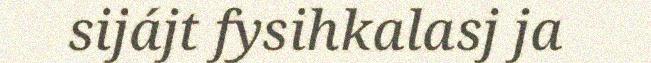
sijájt fysihkalasj ja